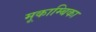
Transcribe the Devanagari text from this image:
मूकाम्‍बिका